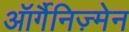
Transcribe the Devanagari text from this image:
ऑर्गैनिज़्मेन